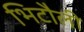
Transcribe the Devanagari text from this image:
भिटौली